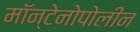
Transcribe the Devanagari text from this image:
मॉन्टेनोपोलीन